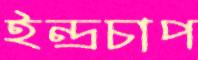
ইন্দ্রচাপ